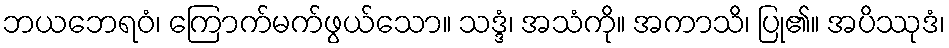
ဘယဘေရဝံ၊ ကြောက်မက်ဖွယ်သော။ သဒ္ဒံ၊ အသံကို။ အကာသိ၊ ပြု၏။ အပိဿုဒံ၊